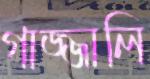
গাজ্জালি